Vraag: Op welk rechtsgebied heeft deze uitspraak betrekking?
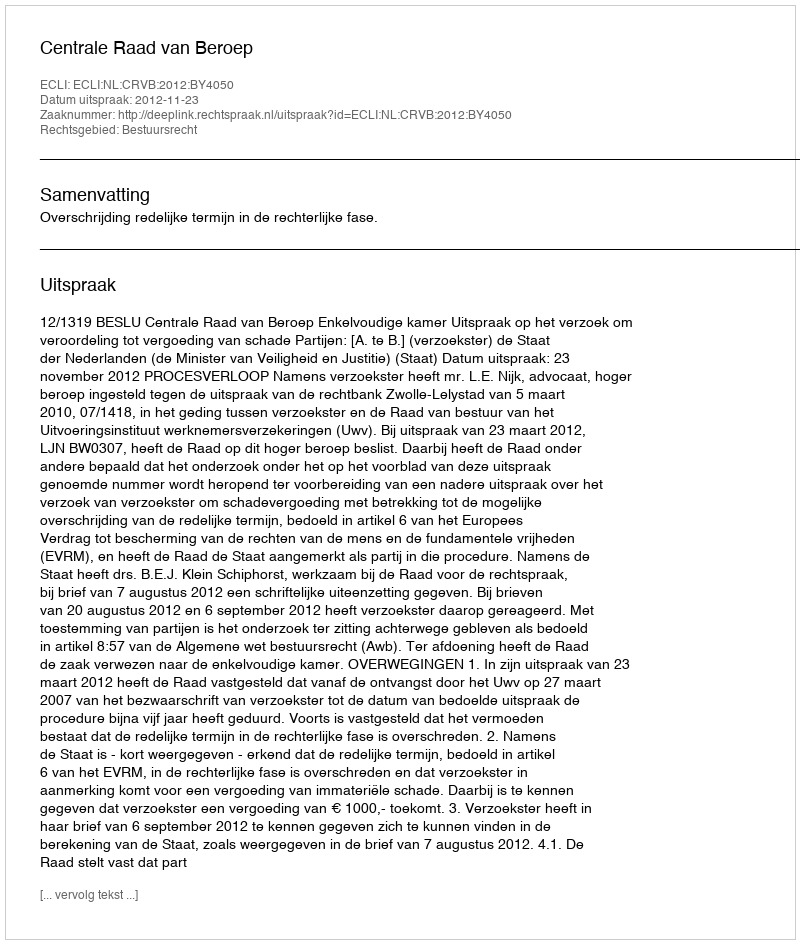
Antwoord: Bestuursrecht